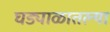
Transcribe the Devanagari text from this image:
घड्याळातल्या